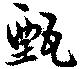
甄